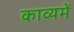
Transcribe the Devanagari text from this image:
काव्यमें